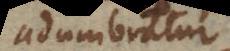
adumbratur.